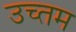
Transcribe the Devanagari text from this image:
उच्तम